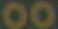
00